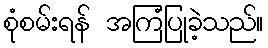
စုံစမ်းရန် အကြံပြုခဲ့သည်။